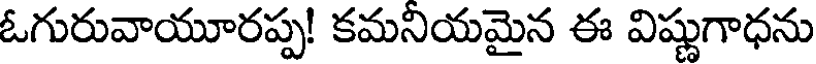
ఓగురువాయూరప్ప! కమనియమైన ఈ విష్ణుగాధను